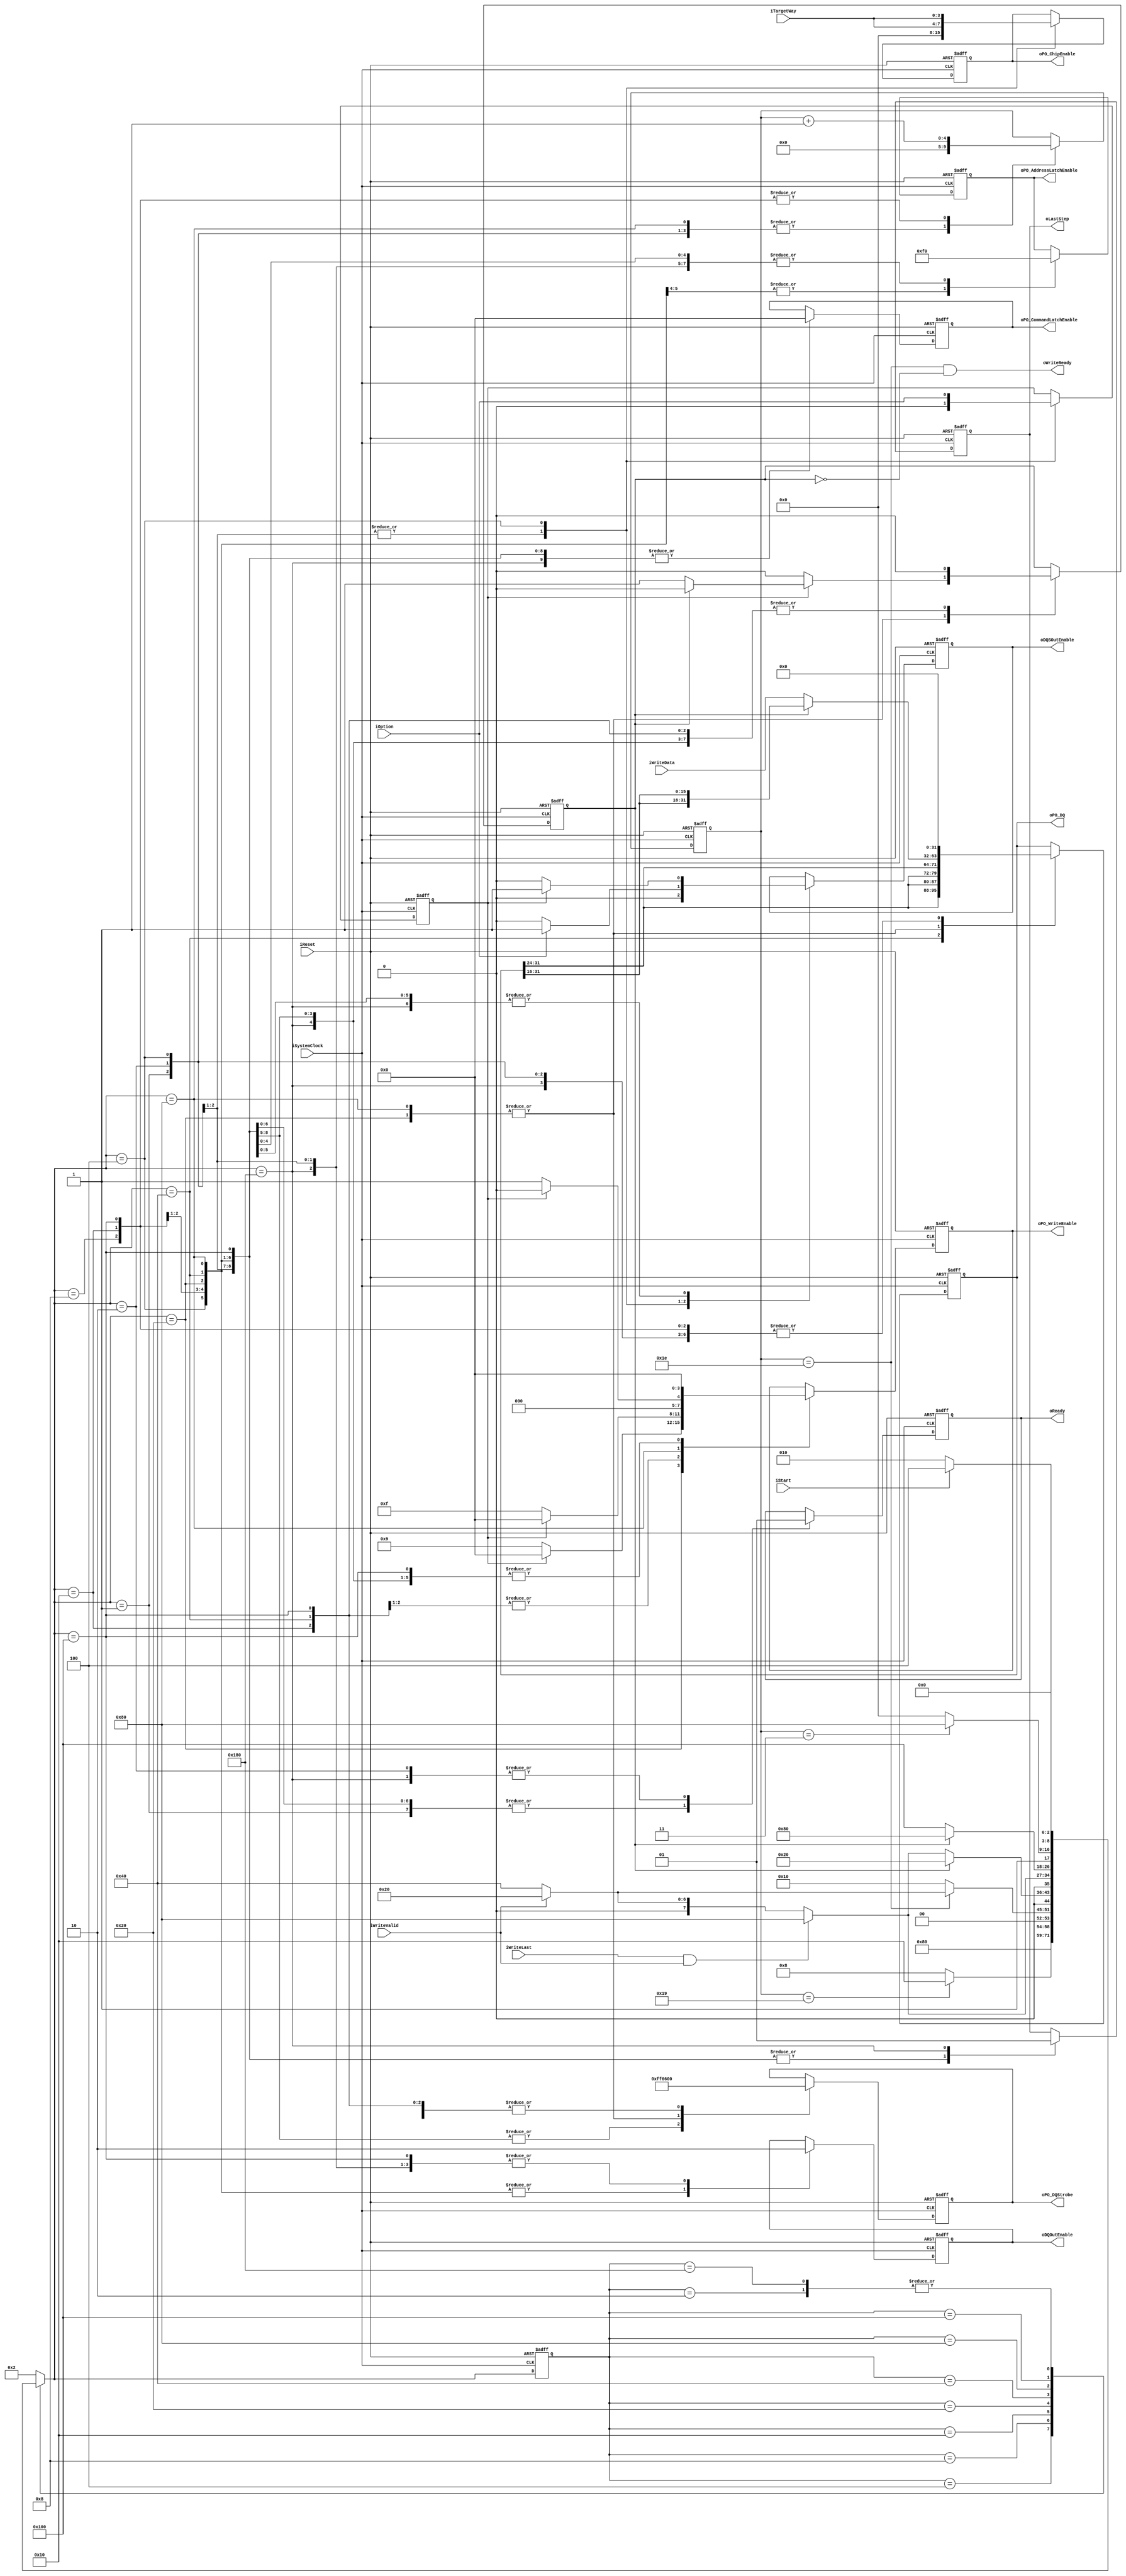
//////////////////////////////////////////////////////////////////////////////////
// NPM_Toggle_DO_tADL_DDR100 for Cosmos OpenSSD
// Copyright (c) 2015 Hanyang University ENC Lab.
// Contributed by Ilyong Jung <iyjung@enc.hanyang.ac.kr>
//                Yong Ho Song <yhsong@enc.hanyang.ac.kr>
//
// This file is part of Cosmos OpenSSD.
//
// Cosmos OpenSSD is free software; you can redistribute it and/or modify
// it under the terms of the GNU General Public License as published by
// the Free Software Foundation; either version 3, or (at your option)
// any later version.
//
// Cosmos OpenSSD is distributed in the hope that it will be useful,
// but WITHOUT ANY WARRANTY; without even the implied warranty of
// MERCHANTABILITY or FITNESS FOR A PARTICULAR PURPOSE.
// See the GNU General Public License for more details.
//
// You should have received a copy of the GNU General Public License
// along with Cosmos OpenSSD; see the file COPYING.
// If not, see <http://www.gnu.org/licenses/>. 
//////////////////////////////////////////////////////////////////////////////////

//////////////////////////////////////////////////////////////////////////////////
// Company: ENC Lab. <http://enc.hanyang.ac.kr>
// 
// Project Name: Cosmos OpenSSD
// Design Name: NPM_Toggle_DO_tADL_DDR100
// Module Name: NPM_Toggle_DO_tADL_DDR100
//
// Version: v1.0.0
//
// Description: NFC PM data out FSM
//
//////////////////////////////////////////////////////////////////////////////////

//////////////////////////////////////////////////////////////////////////////////
// Revision History:
//
// * v1.0.0
//   - first draft
//////////////////////////////////////////////////////////////////////////////////
`timescale 1ns / 1ps

module NPM_Toggle_DO_tADL_DDR100
#
(
    // support "serial execution"
    
    // Data Packet Width (DQ): 8 bit
    
    // iOption: set SDR/DDR mode
    //          0-SDR(WE#), 1-DDR(DQS)
    
    // NumOfData: 0 means 1
    //            -> unit: word (32 bit = 4 B)
    
    // _tADL.v
    // (original design: tCDQSS = 110 ns, tWPRE = 30 ns)
    //
    // tCDQSS = 250 ns => 25 cycles
    // tWPRE  =  50 ns =>  5 cycles
    
    // future -> add data buffer?
    
    parameter NumberOfWays    =   4
)
(
    iSystemClock            ,
    iReset                  ,
    oReady                  ,
    oLastStep               ,
    iStart                  ,
    iOption                 ,
    iTargetWay              ,
    iWriteData              ,
    iWriteLast              ,
    iWriteValid             ,
    oWriteReady             ,
    oPO_DQStrobe            ,
    oPO_DQ                  ,
    oPO_ChipEnable          ,
    oPO_WriteEnable         ,
    oPO_AddressLatchEnable  ,
    oPO_CommandLatchEnable  ,
    oDQSOutEnable           ,
    oDQOutEnable            
);
    input                           iSystemClock            ;
    input                           iReset                  ;
    output                          oReady                  ;
    output                          oLastStep               ;
    input                           iStart                  ;
    input                           iOption                 ;
    input   [NumberOfWays - 1:0]    iTargetWay              ;
    input   [31:0]                  iWriteData              ;
    input                           iWriteLast              ;
    input                           iWriteValid             ;
    output                          oWriteReady             ;
    output  [7:0]                   oPO_DQStrobe            ;
    output  [31:0]                  oPO_DQ                  ;
    output  [2*NumberOfWays - 1:0]  oPO_ChipEnable          ;
    output  [3:0]                   oPO_WriteEnable         ;
    output  [3:0]                   oPO_AddressLatchEnable  ;
    output  [3:0]                   oPO_CommandLatchEnable  ;
    output                          oDQSOutEnable           ;
    output                          oDQOutEnable            ;
    
    // FSM Parameters/Wires/Regs
    localparam DTO_FSM_BIT = 9; // DaTa Out
    localparam DTO_RESET = 9'b000_000_001;
    localparam DTO_READY = 9'b000_000_010;
    localparam DTO_DQS01 = 9'b000_000_100; // info. capture, wait state for tCDQSS
    localparam DTO_DQS02 = 9'b000_001_000; // wait state for tCDQSS
    localparam DTO_WPRAM = 9'b000_010_000; // wait state for tWRPE
    localparam DTO_DQOUT = 9'b000_100_000; // DQ out: loop
    localparam DTO_PAUSE = 9'b001_000_000; // pause DQ out
    localparam DTO_DQLST = 9'b010_000_000; // DQ out: last
    localparam DTO_WPSAM = 9'b100_000_000; // wait state for tWPST
    localparam DTO_WPSA2 = 9'b110_000_000; // temp. state: will be removed
    
    reg     [DTO_FSM_BIT-1:0]       rDTO_cur_state          ;
    reg     [DTO_FSM_BIT-1:0]       rDTO_nxt_state          ;
    
    
    
    // Internal Wires/Regs
    reg                             rReady                  ;
    reg                             rLastStep               ;
    
    reg                             rOption                 ;
    
    reg     [4:0]                   rDTOSubCounter          ;
    wire    [2*NumberOfWays - 1:0]  wPO_ChipEnable          ;
    
    wire                            wtCDQSSDone             ;
    wire                            wtWPREDone              ;
    wire                            wLoopDone               ;
    wire                            wtWPSTDone              ;
    
    reg     [7:0]                   rPO_DQStrobe            ;
    reg     [31:0]                  rPO_DQ                  ;
    reg     [2*NumberOfWays - 1:0]  rPO_ChipEnable          ;
    reg     [3:0]                   rPO_WriteEnable         ;
    reg     [3:0]                   rPO_AddressLatchEnable  ;
    reg     [3:0]                   rPO_CommandLatchEnable  ;
    
    reg                             rDQSOutEnable           ;
    reg                             rDQOutEnable            ;
    
    reg                             rStageFlag              ;
    
    
    
    // Control Signals
    
    // Target Way Decoder
    assign wPO_ChipEnable = { iTargetWay[NumberOfWays - 1:0], iTargetWay[NumberOfWays - 1:0] };
    
    // Flow Control
    assign wtCDQSSDone = (rDTOSubCounter[4:0] == 5'd25); // 25 => 250 ns 
    assign wtWPREDone = (rDTOSubCounter[4:0] == 5'd30); // 30 - 25 = 5 => 50 ns
    assign wLoopDone = iWriteLast & iWriteValid;
    assign wtWPSTDone = (rDTOSubCounter[4:0] == 5'd3); // 3 - 0 = 3 => 30 ns, tWPST = 6.5 ns
    
    
    
    // FSM: DaTa Out (DTO)
    
    // update current state to next state
    always @ (posedge iSystemClock, posedge iReset) begin
        if (iReset) begin
            rDTO_cur_state <= DTO_RESET;
        end else begin
            rDTO_cur_state <= rDTO_nxt_state;
        end
    end
    
    // deside next state
    always @ ( * ) begin
        case (rDTO_cur_state)
            DTO_RESET: begin
                rDTO_nxt_state <= DTO_READY;
            end
            DTO_READY: begin
                rDTO_nxt_state <= (iStart)? DTO_DQS01:DTO_READY;
            end
            DTO_DQS01: begin
                rDTO_nxt_state <= DTO_DQS02;
            end
            DTO_DQS02: begin
                rDTO_nxt_state <= (wtCDQSSDone)? DTO_WPRAM:DTO_DQS02;
            end
            DTO_WPRAM: begin
                rDTO_nxt_state <= (wtWPREDone)? ((iWriteValid)? DTO_DQOUT:DTO_PAUSE):DTO_WPRAM;
            end
            DTO_DQOUT: begin
                rDTO_nxt_state <= (rStageFlag)? (DTO_DQOUT):((wLoopDone)? DTO_DQLST:((iWriteValid)? DTO_DQOUT:DTO_PAUSE));
            end
            DTO_PAUSE: begin
                rDTO_nxt_state <= (wLoopDone)? DTO_DQLST:((iWriteValid)? DTO_DQOUT:DTO_PAUSE);
            end
            DTO_DQLST: begin
                rDTO_nxt_state <= (rStageFlag)? DTO_DQLST:DTO_WPSAM;
            end
            DTO_WPSAM: begin
                rDTO_nxt_state <= (wtWPSTDone)? DTO_WPSA2:DTO_WPSAM;
            end
            DTO_WPSA2: begin
                rDTO_nxt_state <= (iStart)? DTO_DQS01:DTO_READY;
            end
            default:
                rDTO_nxt_state <= DTO_READY;
        endcase
    end
    
    // state behaviour
    always @ (posedge iSystemClock, posedge iReset) begin
        if (iReset) begin
            rReady                              <= 0;
            rLastStep                           <= 0;
            
            rOption                             <= 0;
            
            rDTOSubCounter[4:0]                 <= 0;
            
            rPO_DQStrobe[7:0]                   <= 8'b1111_1111;
            rPO_DQ[31:0]                        <= 0;
            rPO_ChipEnable                      <= 0;
            rPO_WriteEnable[3:0]                <= 0;
            rPO_AddressLatchEnable[3:0]         <= 0;
            rPO_CommandLatchEnable[3:0]         <= 0;
            
            rDQSOutEnable                       <= 0;
            rDQOutEnable                        <= 0;
            
            rStageFlag                          <= 0;
        end else begin
            case (rDTO_nxt_state)
                DTO_RESET: begin
                    rReady                              <= 0;
                    rLastStep                           <= 0;
                    
                    rOption                             <= 0;
                    
                    rDTOSubCounter[4:0]                 <= 0;
                    
                    rPO_DQStrobe[7:0]                   <= 8'b1111_1111;
                    rPO_DQ[31:0]                        <= 0;
                    rPO_ChipEnable                      <= 0;
                    rPO_WriteEnable[3:0]                <= 0;
                    rPO_AddressLatchEnable[3:0]         <= 0;
                    rPO_CommandLatchEnable[3:0]         <= 0;
                    
                    rDQSOutEnable                       <= 0;
                    rDQOutEnable                        <= 0;
                    
                    rStageFlag                          <= 0;
                end
                DTO_READY: begin
                    rReady                              <= 1;
                    rLastStep                           <= 0;
                    
                    rOption                             <= 0;
                    
                    rDTOSubCounter[4:0]                 <= 0;
                    
                    rPO_DQStrobe[7:0]                   <= 8'b1111_1111;
                    rPO_DQ[31:0]                        <= 0;
                    rPO_ChipEnable                      <= 0;
                    rPO_WriteEnable[3:0]                <= 0;
                    rPO_AddressLatchEnable[3:0]         <= 0;
                    rPO_CommandLatchEnable[3:0]         <= 0;
                    
                    rDQSOutEnable                       <= 0;
                    rDQOutEnable                        <= 0;
                    
                    rStageFlag                          <= 0;
                end
                DTO_DQS01: begin
                    rReady                              <= 0;
                    rLastStep                           <= 0;
                    
                    rOption                             <= iOption;
                    
                    rDTOSubCounter[4:0]                 <= 0;
                    
                    rPO_DQStrobe[7:0]                   <= 8'b1111_1111;
                    rPO_DQ[31:0]                        <= 0;
                    rPO_ChipEnable                      <= wPO_ChipEnable;
                    rPO_WriteEnable[3:0]                <= 4'b0000;
                    rPO_AddressLatchEnable[3:0]         <= 4'b1111;
                    rPO_CommandLatchEnable[3:0]         <= 4'b0000;
                    
                    rDQSOutEnable                       <= (iOption)? 1'b1:1'b0;
                    rDQOutEnable                        <= 1'b1;
                    
                    rStageFlag                          <= 0;
                end
                DTO_DQS02: begin
                    rReady                              <= 0;
                    rLastStep                           <= 0;
                    
                    rOption                             <= rOption;
                    
                    rDTOSubCounter[4:0]                 <= rDTOSubCounter[4:0] + 1'b1;
                    
                    rPO_DQStrobe[7:0]                   <= 8'b1111_1111;
                    rPO_DQ[31:0]                        <= 0;
                    rPO_ChipEnable                      <= rPO_ChipEnable;
                    rPO_WriteEnable[3:0]                <= 4'b0000;
                    rPO_AddressLatchEnable[3:0]         <= 4'b1111;
                    rPO_CommandLatchEnable[3:0]         <= 4'b0000;
                    
                    rDQSOutEnable                       <= (rOption)? 1'b1:1'b0;
                    rDQOutEnable                        <= 1'b1;
                    
                    rStageFlag                          <= 0;
                end
                DTO_WPRAM: begin
                    rReady                              <= 0;
                    rLastStep                           <= 0;
                    
                    rOption                             <= rOption;
                    
                    rDTOSubCounter[4:0]                 <= rDTOSubCounter[4:0] + 1'b1;
                    
                    rPO_DQStrobe[7:0]                   <= 8'b0000_0000;
                    rPO_DQ[31:0]                        <= 0;
                    rPO_ChipEnable                      <= rPO_ChipEnable;
                    rPO_WriteEnable[3:0]                <= (rOption)? 4'b0000:4'b1111;
                    rPO_AddressLatchEnable[3:0]         <= 4'b0000;
                    rPO_CommandLatchEnable[3:0]         <= 4'b0000;
                    
                    rDQSOutEnable                       <= (rOption)? 1'b1:1'b0;
                    rDQOutEnable                        <= 1'b1;
                    
                    rStageFlag                          <= 1'b0;
                end
                DTO_DQOUT: begin
                    rReady                              <= 0;
                    rLastStep                           <= 0;
                    
                    rOption                             <= rOption;
                    
                    rDTOSubCounter[4:0]                 <= rDTOSubCounter[4:0];
                    
                    rPO_DQStrobe[7:0]                   <= 8'b0110_0110;
                    rPO_DQ[31:0]                        <= (rStageFlag)? ({ rPO_DQ[31:16], rPO_DQ[31:16] }):iWriteData[31:0];
                    rPO_ChipEnable                      <= rPO_ChipEnable;
                    rPO_WriteEnable[3:0]                <= (rOption)? 4'b0000:4'b1001;
                    rPO_AddressLatchEnable[3:0]         <= 4'b0000;
                    rPO_CommandLatchEnable[3:0]         <= 4'b0000;
                    
                    rDQSOutEnable                       <= (rOption)? 1'b1:1'b0;
                    rDQOutEnable                        <= 1'b1;
                    
                    rStageFlag                          <= (rOption)? ((rStageFlag)? 1'b0:1'b1):1'b0;
                end
                DTO_PAUSE: begin
                    rReady                              <= 0;
                    rLastStep                           <= 0;
                    
                    rOption                             <= rOption;
                    
                    rDTOSubCounter[4:0]                 <= rDTOSubCounter[4:0];
                    
                    rPO_DQStrobe[7:0]                   <= 8'b0000_0000;
                    rPO_DQ[31:0]                        <= { 4{rPO_DQ[31:24]} };
                    rPO_ChipEnable                      <= rPO_ChipEnable;
                    rPO_WriteEnable[3:0]                <= (rOption)? 4'b0000:4'b1111;
                    rPO_AddressLatchEnable[3:0]         <= 4'b0000;
                    rPO_CommandLatchEnable[3:0]         <= 4'b0000;
                    
                    rDQSOutEnable                       <= (rOption)? 1'b1:1'b0;
                    rDQOutEnable                        <= 1'b1;
                    
                    rStageFlag                          <= 1'b0;
                end
                DTO_DQLST: begin
                    rReady                              <= 0;
                    rLastStep                           <= 0;
                    
                    rOption                             <= rOption;
                    
                    rDTOSubCounter[4:0]                 <= 0;
                    
                    rPO_DQStrobe[7:0]                   <= 8'b0110_0110;
                    rPO_DQ[31:0]                        <= (rStageFlag)? ({ rPO_DQ[31:16], rPO_DQ[31:16] }):iWriteData[31:0];
                    rPO_ChipEnable                      <= rPO_ChipEnable;
                    rPO_WriteEnable[3:0]                <= (rOption)? 4'b0000:4'b0001;
                    rPO_AddressLatchEnable[3:0]         <= 4'b0000;
                    rPO_CommandLatchEnable[3:0]         <= 4'b0000;
                    
                    rDQSOutEnable                       <= (rOption)? 1'b1:1'b0;
                    rDQOutEnable                        <= 1'b1;
                    
                    rStageFlag                          <= (rOption)? ((rStageFlag)? 1'b0:1'b1):1'b0;
                end
                DTO_WPSAM: begin
                    rReady                              <= 0;
                    rLastStep                           <= 0;
                    
                    rOption                             <= rOption;
                    
                    rDTOSubCounter[4:0]                 <= rDTOSubCounter[4:0] + 1'b1;
                    
                    rPO_DQStrobe[7:0]                   <= 8'b0000_0000;
                    rPO_DQ[31:0]                        <= 0;
                    rPO_ChipEnable                      <= rPO_ChipEnable;
                    rPO_WriteEnable[3:0]                <= 4'b0000;
                    rPO_AddressLatchEnable[3:0]         <= 4'b0000;
                    rPO_CommandLatchEnable[3:0]         <= 4'b0000;
                    
                    rDQSOutEnable                       <= (rOption)? 1'b1:1'b0;
                    rDQOutEnable                        <= 1'b0;
                    
                    rStageFlag                          <= 1'b0;
                end
                DTO_WPSA2: begin
                    rReady                              <= 1;
                    rLastStep                           <= 1;
                    
                    rOption                             <= rOption;
                    
                    rDTOSubCounter[4:0]                 <= rDTOSubCounter[4:0];
                    
                    rPO_DQStrobe[7:0]                   <= 8'b0000_0000;
                    rPO_DQ[31:0]                        <= 0;
                    rPO_ChipEnable                      <= rPO_ChipEnable;
                    rPO_WriteEnable[3:0]                <= 4'b0000;
                    rPO_AddressLatchEnable[3:0]         <= 4'b0000;
                    rPO_CommandLatchEnable[3:0]         <= 4'b0000;
                    
                    rDQSOutEnable                       <= (rOption)? 1'b1:1'b0;
                    rDQOutEnable                        <= 1'b0;
                    
                    rStageFlag                          <= 1'b0;
                end
            endcase
        end
    end
    
    
    
    // Output
    
    assign oReady               = rReady                ;
    assign oLastStep            = rLastStep             ;
    assign oWriteReady          = wtWPREDone & (~rStageFlag);
    
    assign oPO_DQStrobe         = rPO_DQStrobe          ;
    assign oPO_DQ               = rPO_DQ                ;
    assign oPO_ChipEnable       = rPO_ChipEnable        ;
    assign oPO_WriteEnable      = rPO_WriteEnable       ;
    assign oPO_AddressLatchEnable = rPO_AddressLatchEnable;
    assign oPO_CommandLatchEnable = rPO_CommandLatchEnable;
    
    assign oDQSOutEnable        = rDQSOutEnable         ;
    assign oDQOutEnable         = rDQOutEnable          ;
    
endmodule